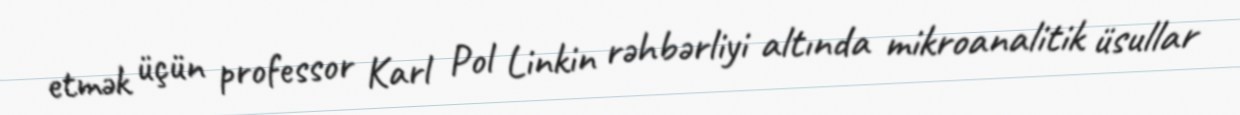
etmək üçün professor Karl Pol Linkin rəhbərliyi altında mikroanalitik üsullar